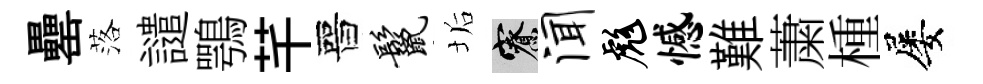
罍落譴鶚芊晉鬣垢寮闻彪憾難䔥㮔屡